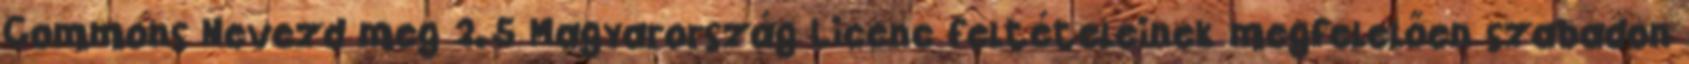
Commons Nevezd meg 2.5 Magyarország Licenc feltételeinek megfelelően szabadon